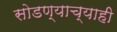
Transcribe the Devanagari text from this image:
सोडण्याच्याही